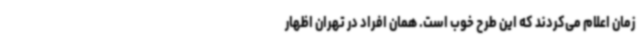
زمان اعلام می‌کردند که این طرح خوب است. همان افراد در تهران اظهار